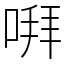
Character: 㗑